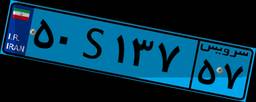
۶۶S۴۶۲۵۵